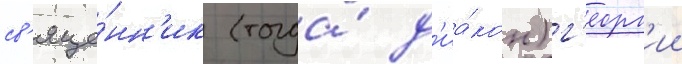
св'яще́нн'ик (тогда́ д'иа́кон) г'еорг'ии